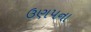
ઉણપના